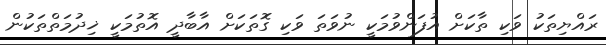
ރައްޔިތަކު ވަކި ތާކަށް އުފަންވުމަކީ ނުވަތަ ވަކި ގޮތަކަށް އާބާދީ އޮތުމަކީ ޚިދުމަތްތަކުން